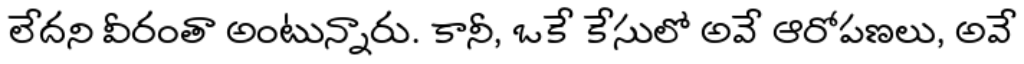
లేదని వీరంతా అంటున్నారు. కానీ, ఒకే కేసులో అవే ఆరోపణలు, అవే